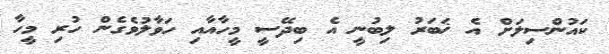
ކައުންސިލަށް އެ ޚަބަރު ލިބުނީ އެ ބިދޭސީ މީހާއާއި ހަވާލުވެގެން ހުރި މީހާ